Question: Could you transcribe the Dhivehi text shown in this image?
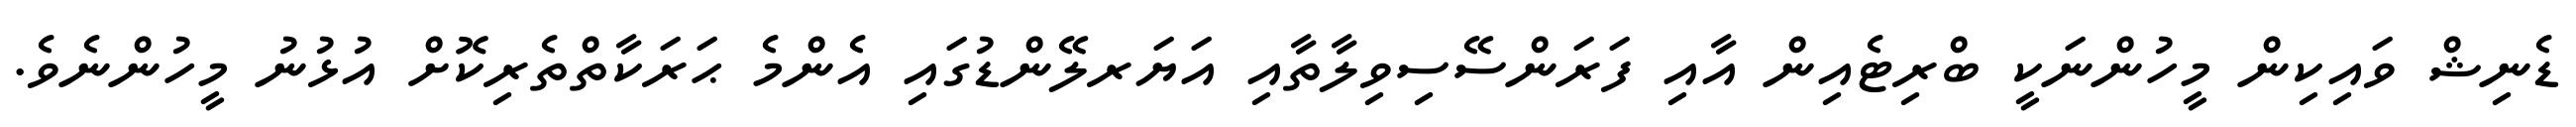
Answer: ޑެނިޝް ވައިކިން މީހުންނަކީ ބްރިޓެއިން އާއި ފަރަންސޭސިވިލާތާއި އަޔަރލޭންޑުގައި އެންމެ ޙަރަކާތްތެރިކޮށް އުޅުނު މީހުންނެވެ.